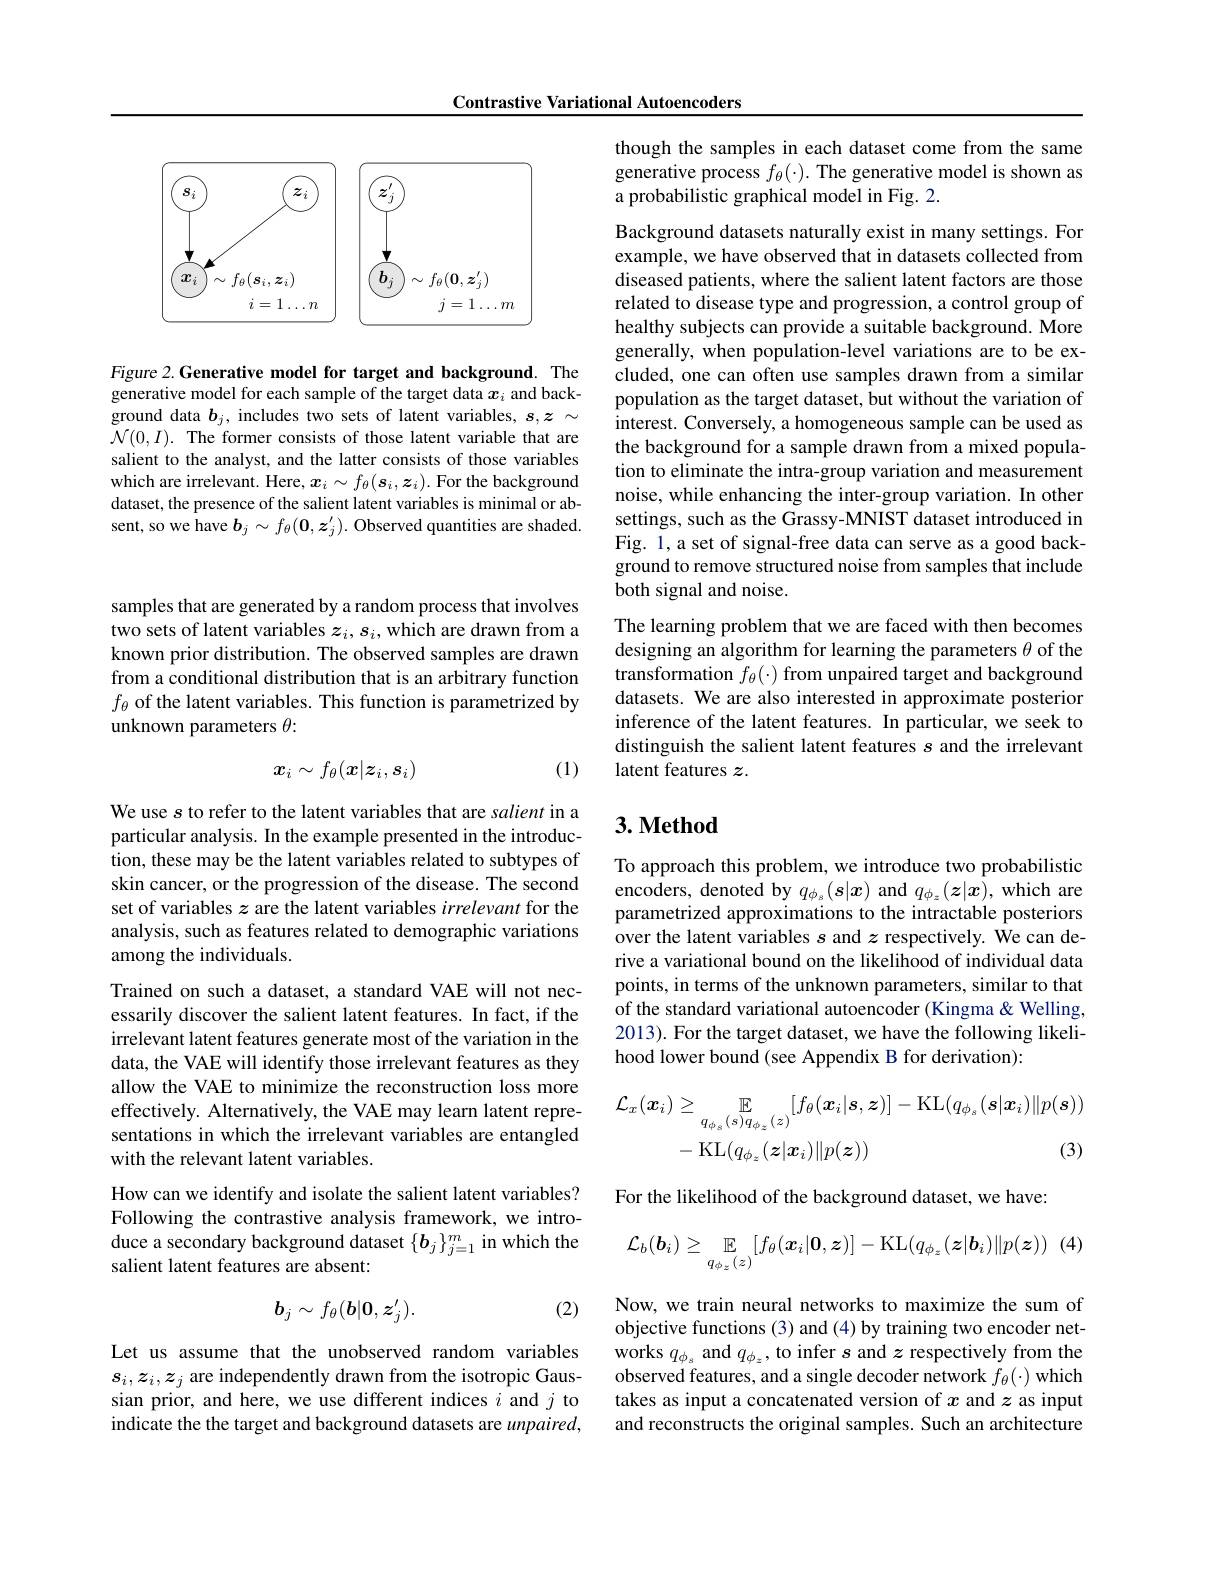
Contrastive Variational Autoencoders

<FigureHere>

Figure 2.Generative model for target and background. The generative model for each sample of the target data $x_i$ and background data $b_j$, includes two sets of latent variables, $s,z\sim$ $\mathcal{N}(0,I).$ The former consists of those latent variable that are salient to the analyst, and the latter consists of those variables which are irrelevant. Here, $x_i\sim f_\theta(\boldsymbol{s}_i,\boldsymbol{z}_i).$ For the background dataset, the presence of the salient latent variables is minimal or absent, so we have $\boldsymbol b_j\sim f_\theta(\mathbf{0},\boldsymbol{z}_j^{\prime}).$ Observed quantities are shaded.

samples that are generated by a random process that involves two sets of latent variables $z_i,s_i$, which are drawn from a known prior distribution. The observed samples are drawn from a conditional distribution that is an arbitrary function $f_{\theta}$ of the latent variables. This function is parametrized by unknown parameters $\theta:$
$$\boldsymbol{x}_i\sim f_\theta(\boldsymbol{x}|\boldsymbol{z}_i,\boldsymbol{s}_i)$$
(1)

We use $s$ to refer to the latent variables that are salient in a particular analysis. In the example presented in the introduc- $\hat{\text{tion, these may be the latent variables related to subtypes of}}$ skin cancer, or the progression of the disease. The second set of variables $z$ are the latent variables irrelevant for the analysis, such as features related to demographic variations among the individuals.

Trained on such a dataset, a standard VAE will not necessarily discover the salient latent features. In fact, if the irrelevant latent features generate most of the variation in the data, the VAE will identify those irrelevant features as they allow the VAE to minimize the reconstruction loss more effectively. Alternatively, the VAE may learn latent representations in which the irrelevant variables are entangled with the relevant latent variables.
How can we identify and isolate the salient latent variables? Following the contrastive analysis framework, we introduce a secondary background dataset $\{\boldsymbol b_j\}_{j=1}^m$ in which the salient latent features are absent:

(2)
$$b_j\sim f_\theta(b|0,z_j^{\prime}).$$
Let us assume that the unobserved random variables $s_i,z_i,z_j$ are independently drawn from the isotropic Gaussian prior, and here, we use different indices $i$ and $j$ to indicate the the target and background datasets are $unpaired$,

though the samples in each dataset come from the same generative process $f_\theta(\cdot).$ The generative model is shown as a probabilistic graphical model in Fig. 2.

Background datasets naturally exist in many settings. For example, we have observed that in datasets collected from diseased patients, where the salient latent factors are those related to disease type and progression, a control group of healthy subjects can provide a suitable background. More generally, when population-level variations are to be excluded, one can often use samples drawn from a similar population as the target dataset, but without the variation of interest. Conversely, a homogeneous sample can be used as the background for a sample drawn from a mixed population to eliminate the intra-group variation and measurement noise, while enhancing the inter-group variation. In other settings, such as the Grassy-MNIST dataset introduced in Fig. 1, a set of signal-free data can serve as a good background to remove structured noise from samples that include both signal and noise.

The learning problem that we are faced with then becomes designing an algorithm for learning the parameters $\theta$ of the transformation $f_\theta(\cdot)$ from unpaired target and background datasets. We are also interested in approximate posterior inference of the latent features. In particular, we seek to distinguish the salient latent features $s$ and the irrelevant latent features $z.$

## $3. \textbf{Method}$

To approach this problem, we introduce two probabilistic encoders, denoted by $q_{\phi_s}(s|x)$ and $q_{\phi_z}(z|x)$, which are parametrized approximations to the intractable posteriors over the latent variables $s$ and $z$ respectively. We can derive a variational bound on the likelihood of individual data points, in terms of the unknown parameters, similar to that of the standard variational autoencoder (Kingma &Welling, 2013). For the target dataset, we have the following likelihood lower bound (see Appendix B for derivation):
$$\begin{aligned}\mathcal{L}_{x}(\boldsymbol{x}_{i})&\geq\mathbb{E}_{q_{\phi_{s}}(s)q_{\phi_{z}}(z)}[f_{\theta}(\boldsymbol{x}_{i}|\boldsymbol{s},\boldsymbol{z})]-\mathrm{KL}(q_{\phi_{s}}(\boldsymbol{s}|\boldsymbol{x}_{i})\|p(\boldsymbol{s}))\\&-\operatorname{KL}(q_{\phi_{z}}(\boldsymbol{z}|\boldsymbol{x}_{i})\|p(\boldsymbol{z}))&\text{(3)}\end{aligned}$$
For the likelihood of the background dataset, we have:
(4
$$\mathcal{L}_{b}(\boldsymbol{b}_{i})\geq\mathbb{E}_{q_{\phi_{z}}(z)}[f_{\theta}(\boldsymbol{x}_{i}|\boldsymbol{0},\boldsymbol{z})]-\mathrm{KL}(q_{\phi_{z}}(\boldsymbol{z}|\boldsymbol{b}_{i})\|p(\boldsymbol{z}))$$
Now, we train neural networks to maximize the sum of objective functions (3) and (4) by training two encoder networks $q_{\phi_s}$ and $q_{\phi_z}$, to infer $s$ and $z$ respectively from the observed features, and a single decoder network $f_\theta(\cdot)$ which takes as input a concatenated version of $x$ and $z$ as input and reconstructs the original samples. Such an architecture